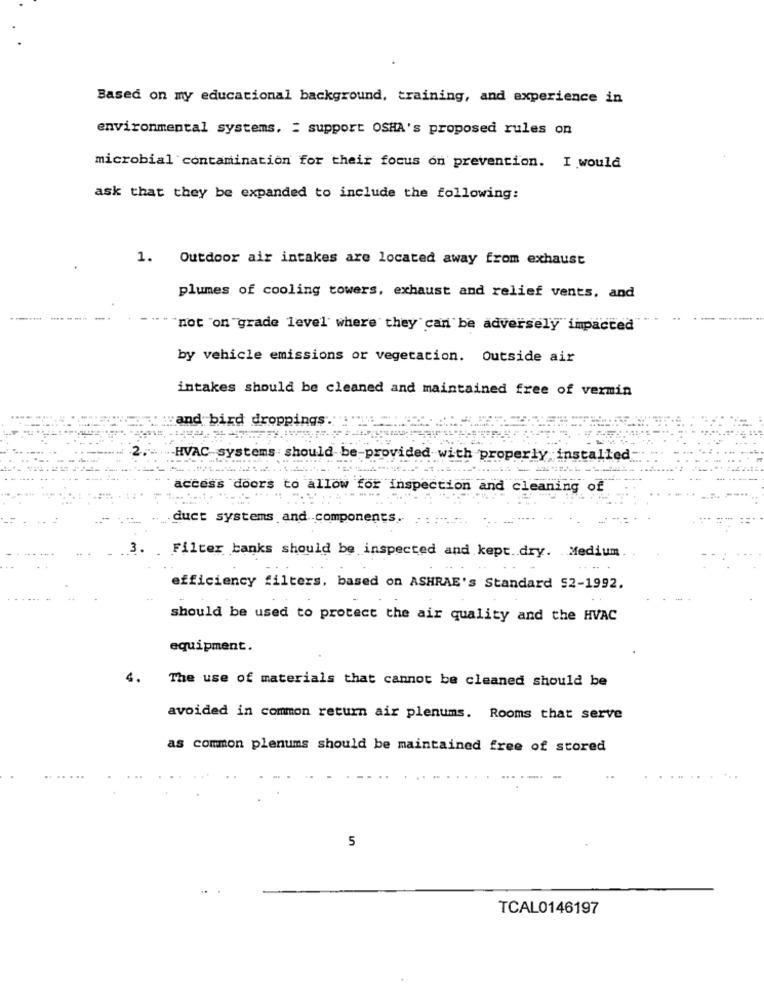
Based on my educational background, training, and experience in
environmental systems. : support OSHA's proposed rules on
microbial contamination for their focus on prevention. I would
ask that they be expanded to include the following:
1.
Outdoor air intakes are located away from exhaust
plumes of cooling towers, exhaust and relief vents, and
not "on "grade level where they can be adversely impacted
by vehicle emissions or vegetation. Outside air
intakes should be cleaned and maintained free of vermin
:"and bird droppings.
-HVAC-systems should be-provided with properly installed
access doors to allow for inspection and cleaning of
duct systems and components
Filter banks should be inspected and kept. . dry. Medium
efficiency filters, based on ASHRAE's Standard 52-1992.
should be used to protect the air quality and the HVAC
equipment.
4.
The use of materials that cannot be cleaned should be
avoided in common return air plenums. Rooms that serve
as common plenums should be maintained free of stored
5
TCAL0146197